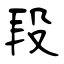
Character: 段